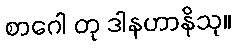
စာဂေါ တု ဒါနဟာနိသု။